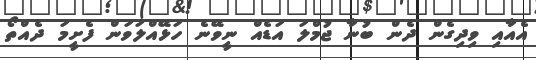
އެއާއި ވިދިގެން ދެން ބުނާ ޖުމްލަ އަޑެއް ނީވޭނެ ހަޅޭއްލަވަން ފެށީމަ ދެއްތޯ